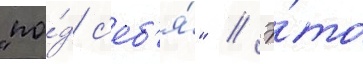
"по́д с'еб'я́" // Э́то